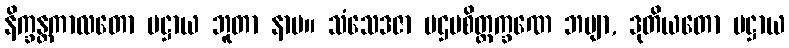
နိက္ခန္တကာလတော ပဋ္ဌာယ ဘူတာ နာမ။ သံသေဒဇာ ပဌမစိတ္တက္ခဏေ ဘဗျာ, ဒုတိယတော ပဋ္ဌာယ